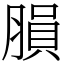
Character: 䐣